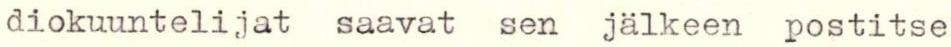
diokuuntelijat saavat sen jälkeen postitse